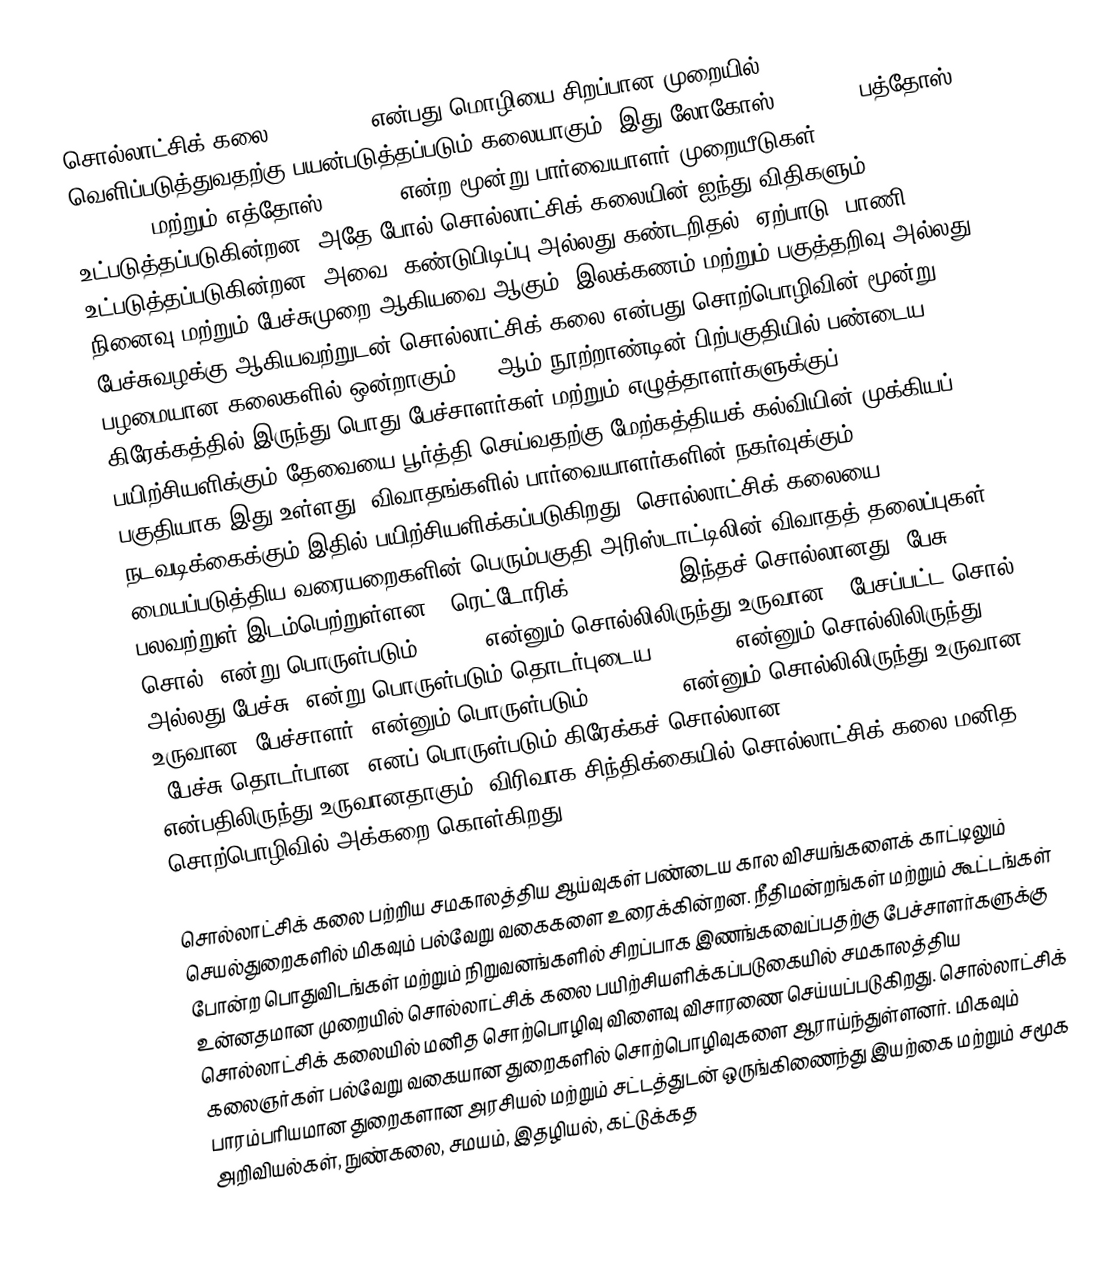
சொல்லாட்சிக் கலை (Rhetoric) என்பது மொழியை சிறப்பான முறையில் வெளிப்படுத்துவதற்கு பயன்படுத்தப்படும் கலையாகும். இது லோகோஸ் (logos), பத்தோஸ் (pathos) மற்றும் எத்தோஸ் (ethos) என்ற மூன்று பார்வையாளர் முறையீடுகள் உட்படுத்தப்படுகின்றன. அதே போல் சொல்லாட்சிக் கலையின் ஐந்து விதிகளும் உட்படுத்தப்படுகின்றன, அவை: கண்டுபிடிப்பு அல்லது கண்டறிதல், ஏற்பாடு, பாணி, நினைவு மற்றும் பேச்சுமுறை ஆகியவை ஆகும். இலக்கணம் மற்றும் பகுத்தறிவு அல்லது பேச்சுவழக்கு ஆகியவற்றுடன் சொல்லாட்சிக் கலை என்பது சொற்பொழிவின் மூன்று பழமையான கலைகளில் ஒன்றாகும். 19 ஆம் நூற்றாண்டின் பிற்பகுதியில் பண்டைய கிரேக்கத்தில் இருந்து பொது பேச்சாளர்கள் மற்றும் எழுத்தாளர்களுக்குப் பயிற்சியளிக்கும் தேவையை பூர்த்தி செய்வதற்கு மேற்கத்தியக் கல்வியின் முக்கியப் பகுதியாக இது உள்ளது. விவாதங்களில் பார்வையாளர்களின் நகர்வுக்கும் நடவடிக்கைக்கும் இதில் பயிற்சியளிக்கப்படுகிறது. சொல்லாட்சிக் கலையை மையப்படுத்திய வரையறைகளின் பெரும்பகுதி அரிஸ்டாட்டிலின் விவாதத் தலைப்புகள் பலவற்றுள் இடம்பெற்றுள்ளன. 'ரெட்டோரிக்' (rhetoric) இந்தச் சொல்லானது "பேசு, சொல்" என்று பொருள்படும்  (erô ) என்னும் சொல்லிலிருந்து உருவான, "பேசப்பட்ட சொல் அல்லது பேச்சு" என்று பொருள்படும் தொடர்புடைய  (rhêma )  என்னும் சொல்லிலிருந்து உருவான "பேச்சாளர்" என்னும் பொருள்படும்  (rhḗtōr )  என்னும் சொல்லிலிருந்து உருவான "பேச்சு தொடர்பான" எனப் பொருள்படும் கிரேக்கச் சொல்லான  (rhētorikós )  என்பதிலிருந்து உருவானதாகும். விரிவாக சிந்திக்கையில் சொல்லாட்சிக் கலை மனித சொற்பொழிவில் அக்கறை கொள்கிறது.

சொல்லாட்சிக் கலை பற்றிய சமகாலத்திய ஆய்வுகள் பண்டைய கால விசயங்களைக் காட்டிலும் செயல்துறைகளில் மிகவும் பல்வேறு வகைகளை உரைக்கின்றன. நீதிமன்றங்கள் மற்றும் கூட்டங்கள் போன்ற பொதுவிடங்கள் மற்றும் நிறுவனங்களில் சிறப்பாக இணங்கவைப்பதற்கு பேச்சாளர்களுக்கு உன்னதமான முறையில் சொல்லாட்சிக் கலை பயிற்சியளிக்கப்படுகையில் சமகாலத்திய சொல்லாட்சிக் கலையில் மனித சொற்பொழிவு விளைவு விசாரணை செய்யப்படுகிறது. சொல்லாட்சிக் கலைஞர்கள் பல்வேறு வகையான துறைகளில் சொற்பொழிவுகளை ஆராய்ந்துள்ளனர். மிகவும் பாரம்பரியமான துறைகளான அரசியல் மற்றும் சட்டத்துடன் ஒருங்கிணைந்து இயற்கை மற்றும் சமூக அறிவியல்கள், நுண்கலை, சமயம், இதழியல், கட்டுக்கத